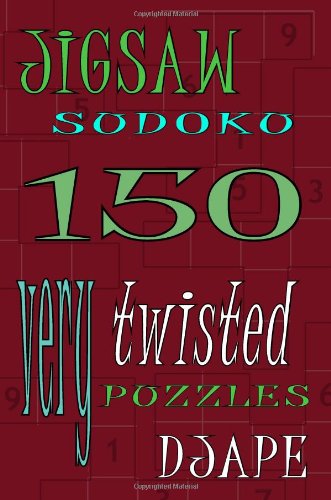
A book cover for Jigsaw Sudoku: 150 Very Twisted Puzzles; Dj Ape; Humor & Entertainment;